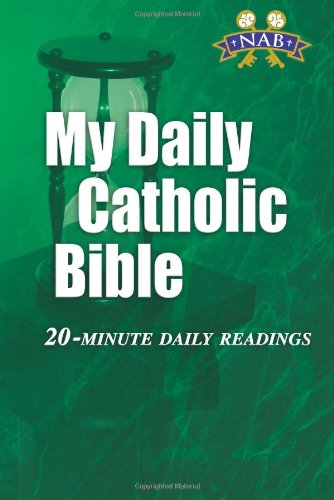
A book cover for My Daily Catholic Bible: 20-Minute Daily Readings (Revised New American Bible); Paul Thigpen; Christian Books & Bibles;